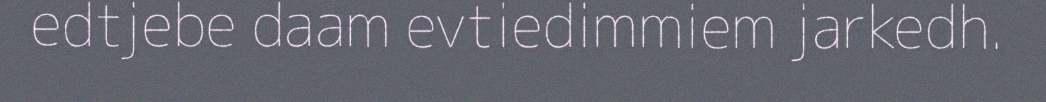
edtjebe daam evtiedimmiem jarkedh.